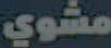
مشوي